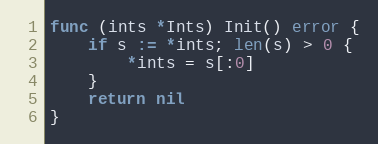
Language: Go
func (ints *Ints) Init() error {
	if s := *ints; len(s) > 0 {
		*ints = s[:0]
	}
	return nil
}